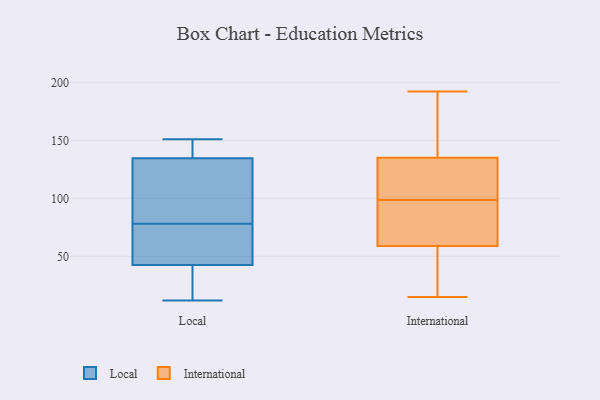
{"axis": {"x": "Inventory Turnover", "y": "Value"}, "legend": ["International", "Local"], "data": [{"x": "", "y": 38, "type": "Local"}, {"x": "", "y": 12, "type": "Local"}, {"x": "", "y": 127, "type": "Local"}, {"x": "", "y": 130, "type": "Local"}, {"x": "", "y": 61, "type": "Local"}, {"x": "", "y": 151, "type": "Local"}, {"x": "", "y": 139, "type": "Local"}, {"x": "", "y": 58, "type": "Local"}, {"x": "", "y": 95, "type": "Local"}, {"x": "", "y": 47, "type": "Local"}, {"x": "", "y": 147, "type": "Local"}, {"x": "", "y": 26, "type": "Local"}, {"x": "", "y": 112, "type": "International"}, {"x": "", "y": 68, "type": "International"}, {"x": "", "y": 16, "type": "International"}, {"x": "", "y": 114, "type": "International"}, {"x": "", "y": 176, "type": "International"}, {"x": "", "y": 91, "type": "International"}, {"x": "", "y": 15, "type": "International"}, {"x": "", "y": 192, "type": "International"}, {"x": "", "y": 101, "type": "International"}, {"x": "", "y": 59, "type": "International"}, {"x": "", "y": 135, "type": "International"}, {"x": "", "y": 84, "type": "International"}, {"x": "", "y": 145, "type": "International"}, {"x": "", "y": 25, "type": "International"}, {"x": "", "y": 96, "type": "International"}, {"x": "", "y": 49, "type": "International"}, {"x": "", "y": 115, "type": "International"}, {"x": "", "y": 171, "type": "International"}]}